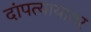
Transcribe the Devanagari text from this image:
दांपत्यायावर